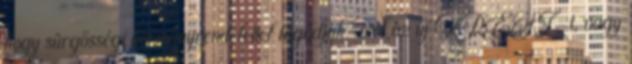
hogy sürgősségi kormányrendelettel fogadják-e el az új KRESZ-t, vagy